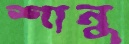
শানু